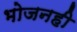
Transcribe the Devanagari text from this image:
भोजनही